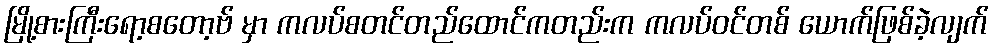
မြို့စားကြီးရော့စတော့ဗ် မှာ ကလပ်စတင်တည်ထောင်ကတည်းက ကလပ်ဝင်တစ် ယောက်ဖြစ်ခဲ့လျက်